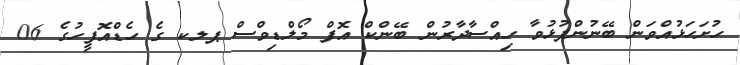
ހުށަހަޅުއްވަން ބޭނުންފުޅުވާ ހިއްސާދާރުން ބޭންކް އޮފް މޯލްޑިވްސް ޕލކ ގެ ހެޑްއޮފީހުގެ 06